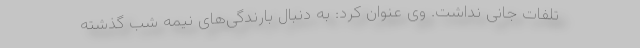
تلفات جانی نداشت. وی عنوان کرد: به دنبال بارندگی‌های نیمه شب گذشته